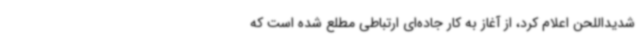
شدیداللحن اعلام کرد، از آغاز به کار جاده‌ای ارتباطی مطلع شده است که